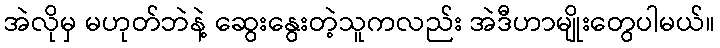
အဲလိုမှ မဟုတ်ဘဲနဲ့ ဆွေးနွေးတဲ့သူကလည်း အဲဒီဟာမျိုးတွေပါမယ်။